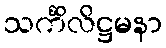
သင်္ကိလိဋ္ဌမနာ